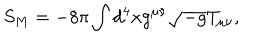
S _ { M } = - 8 \pi \int d ^ { 4 } x g ^ { \mu \nu } \sqrt { - g } T _ { \mu \nu } ,